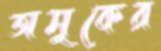
অমুকের